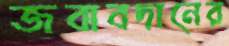
জবাবদানের